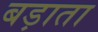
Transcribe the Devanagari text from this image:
बड़ाता